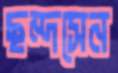
ছন্দসেন